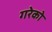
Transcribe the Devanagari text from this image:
गरेको